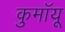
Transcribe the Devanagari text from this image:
कुमॉयू